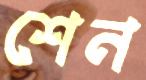
শেন